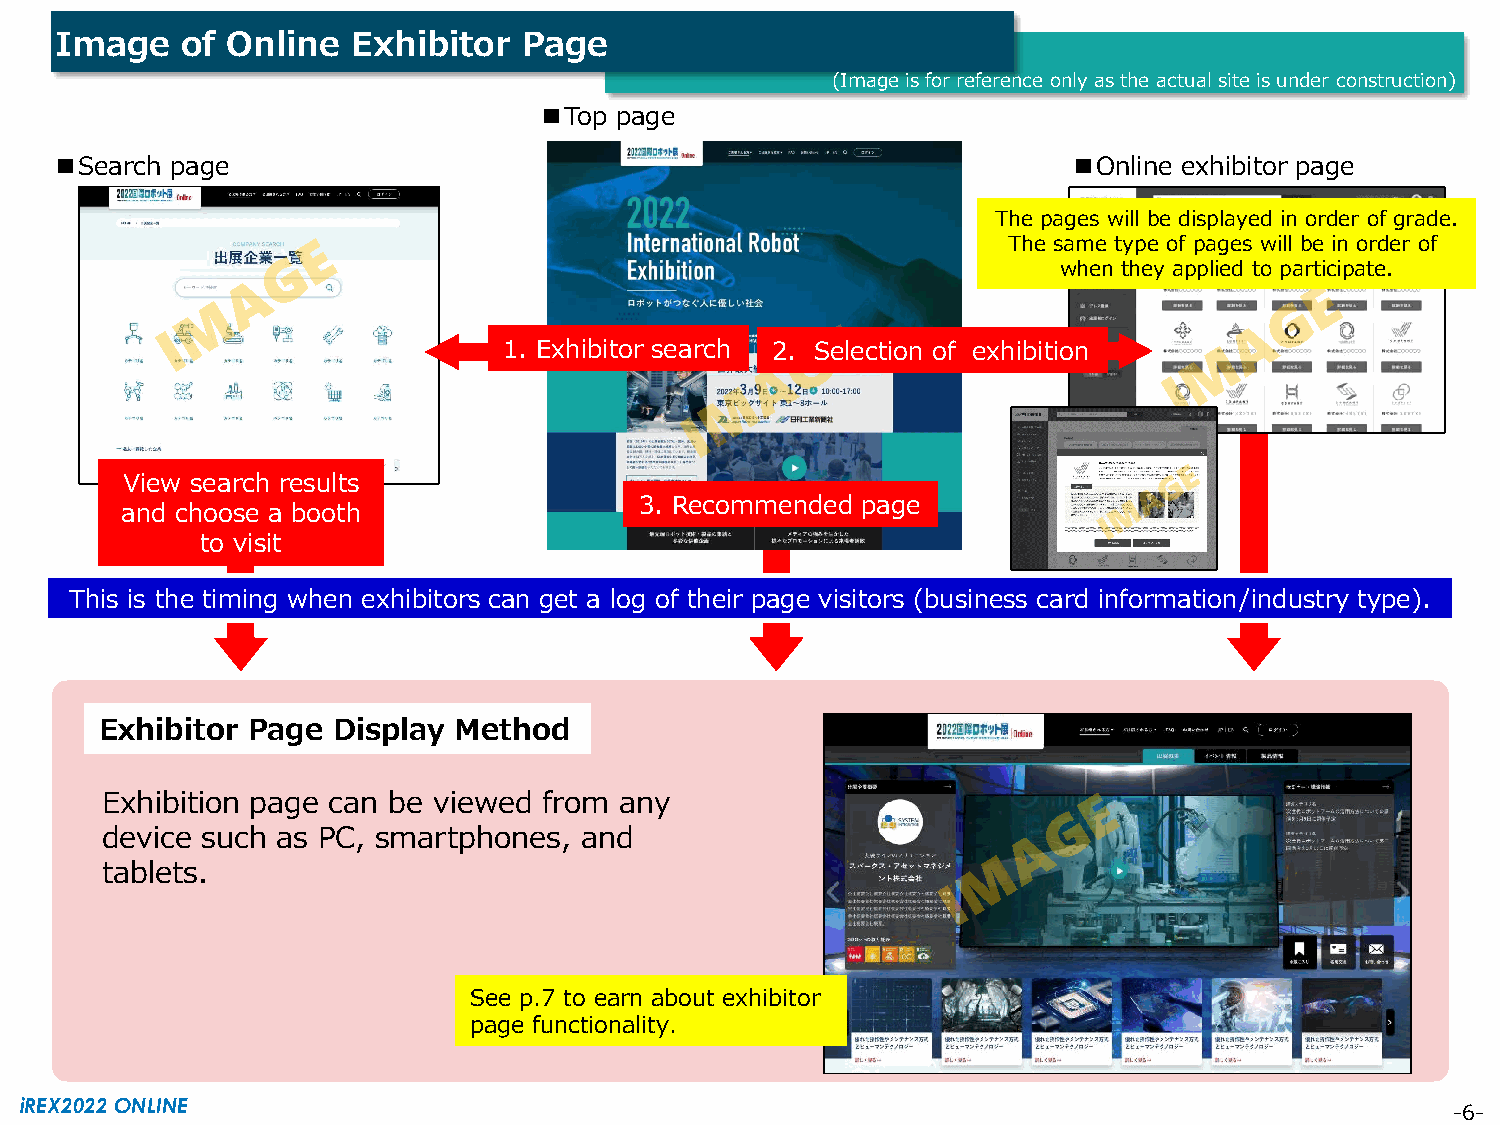
Image   of Online  Exhibitor   Page
 (Image is for reference only as the actual site is under construction)
 ■Top page
 ■Search page                                                       ■Online exhibitor page
 The pages will be displayed in order of grade.
 The same type of pages will be in order of
 when they applied to participate.
 1. Exhibitor search 2. Selection of exhibition
 View search results
 3. Recommended page
 and choose a booth
 to visit
 This is the timing when exhibitors can get a log of their page visitors (business card information/industry type).
 Exhibitor Page Display Method
 Exhibition page can be viewed from any
 device such as PC, smartphones, and
 tablets.
 See p.7 to earn about exhibitor
 page functionality.
 iREX2022 ONLINE                                                                                -6-